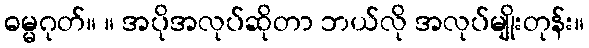
ဓမ္မဂုတ်။ ။ အပိုအလုပ်ဆိုတာ ဘယ်လို အလုပ်မျိုးတုန်း။